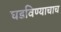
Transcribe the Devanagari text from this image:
घडविण्याचाच